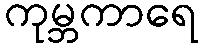
ကုမ္ဘကာရေ